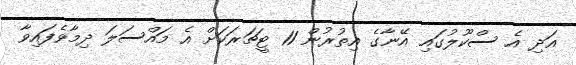
އަދި އެ ސްކޫލުގައި އޭނާގެ އިތުރުން 11 ޓީޗަރަކަށް އެ މައްސަލަ ދިމާވެފައިވާ